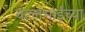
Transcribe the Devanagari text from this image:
वल्लभाईंच्या